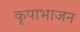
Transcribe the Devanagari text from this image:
कृपाभाजन